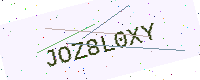
Text: JOZ8L0XY